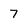
Character: 7